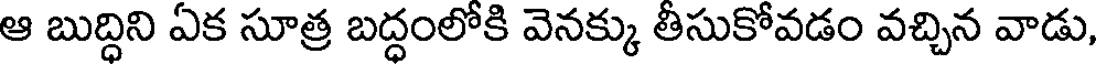
ఆ బుద్ధిని ఏక సూత్ర బద్ధంలోకి వెనక్కు తీసుకోవడం వచ్చిన వాడు,